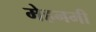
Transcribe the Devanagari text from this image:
मेहनमी